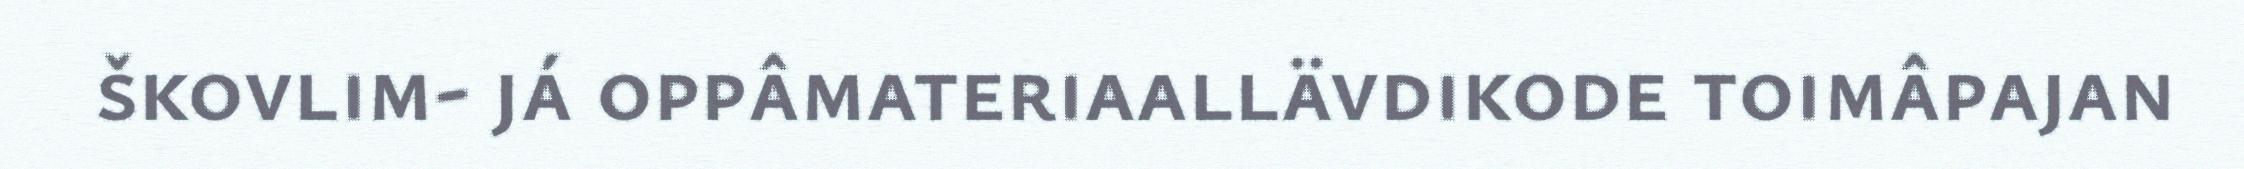
škovlim- já oppâmateriaallävdikode toimâpajan